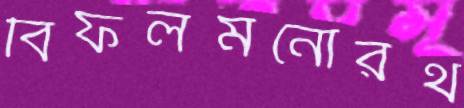
বিফলমনোরথ